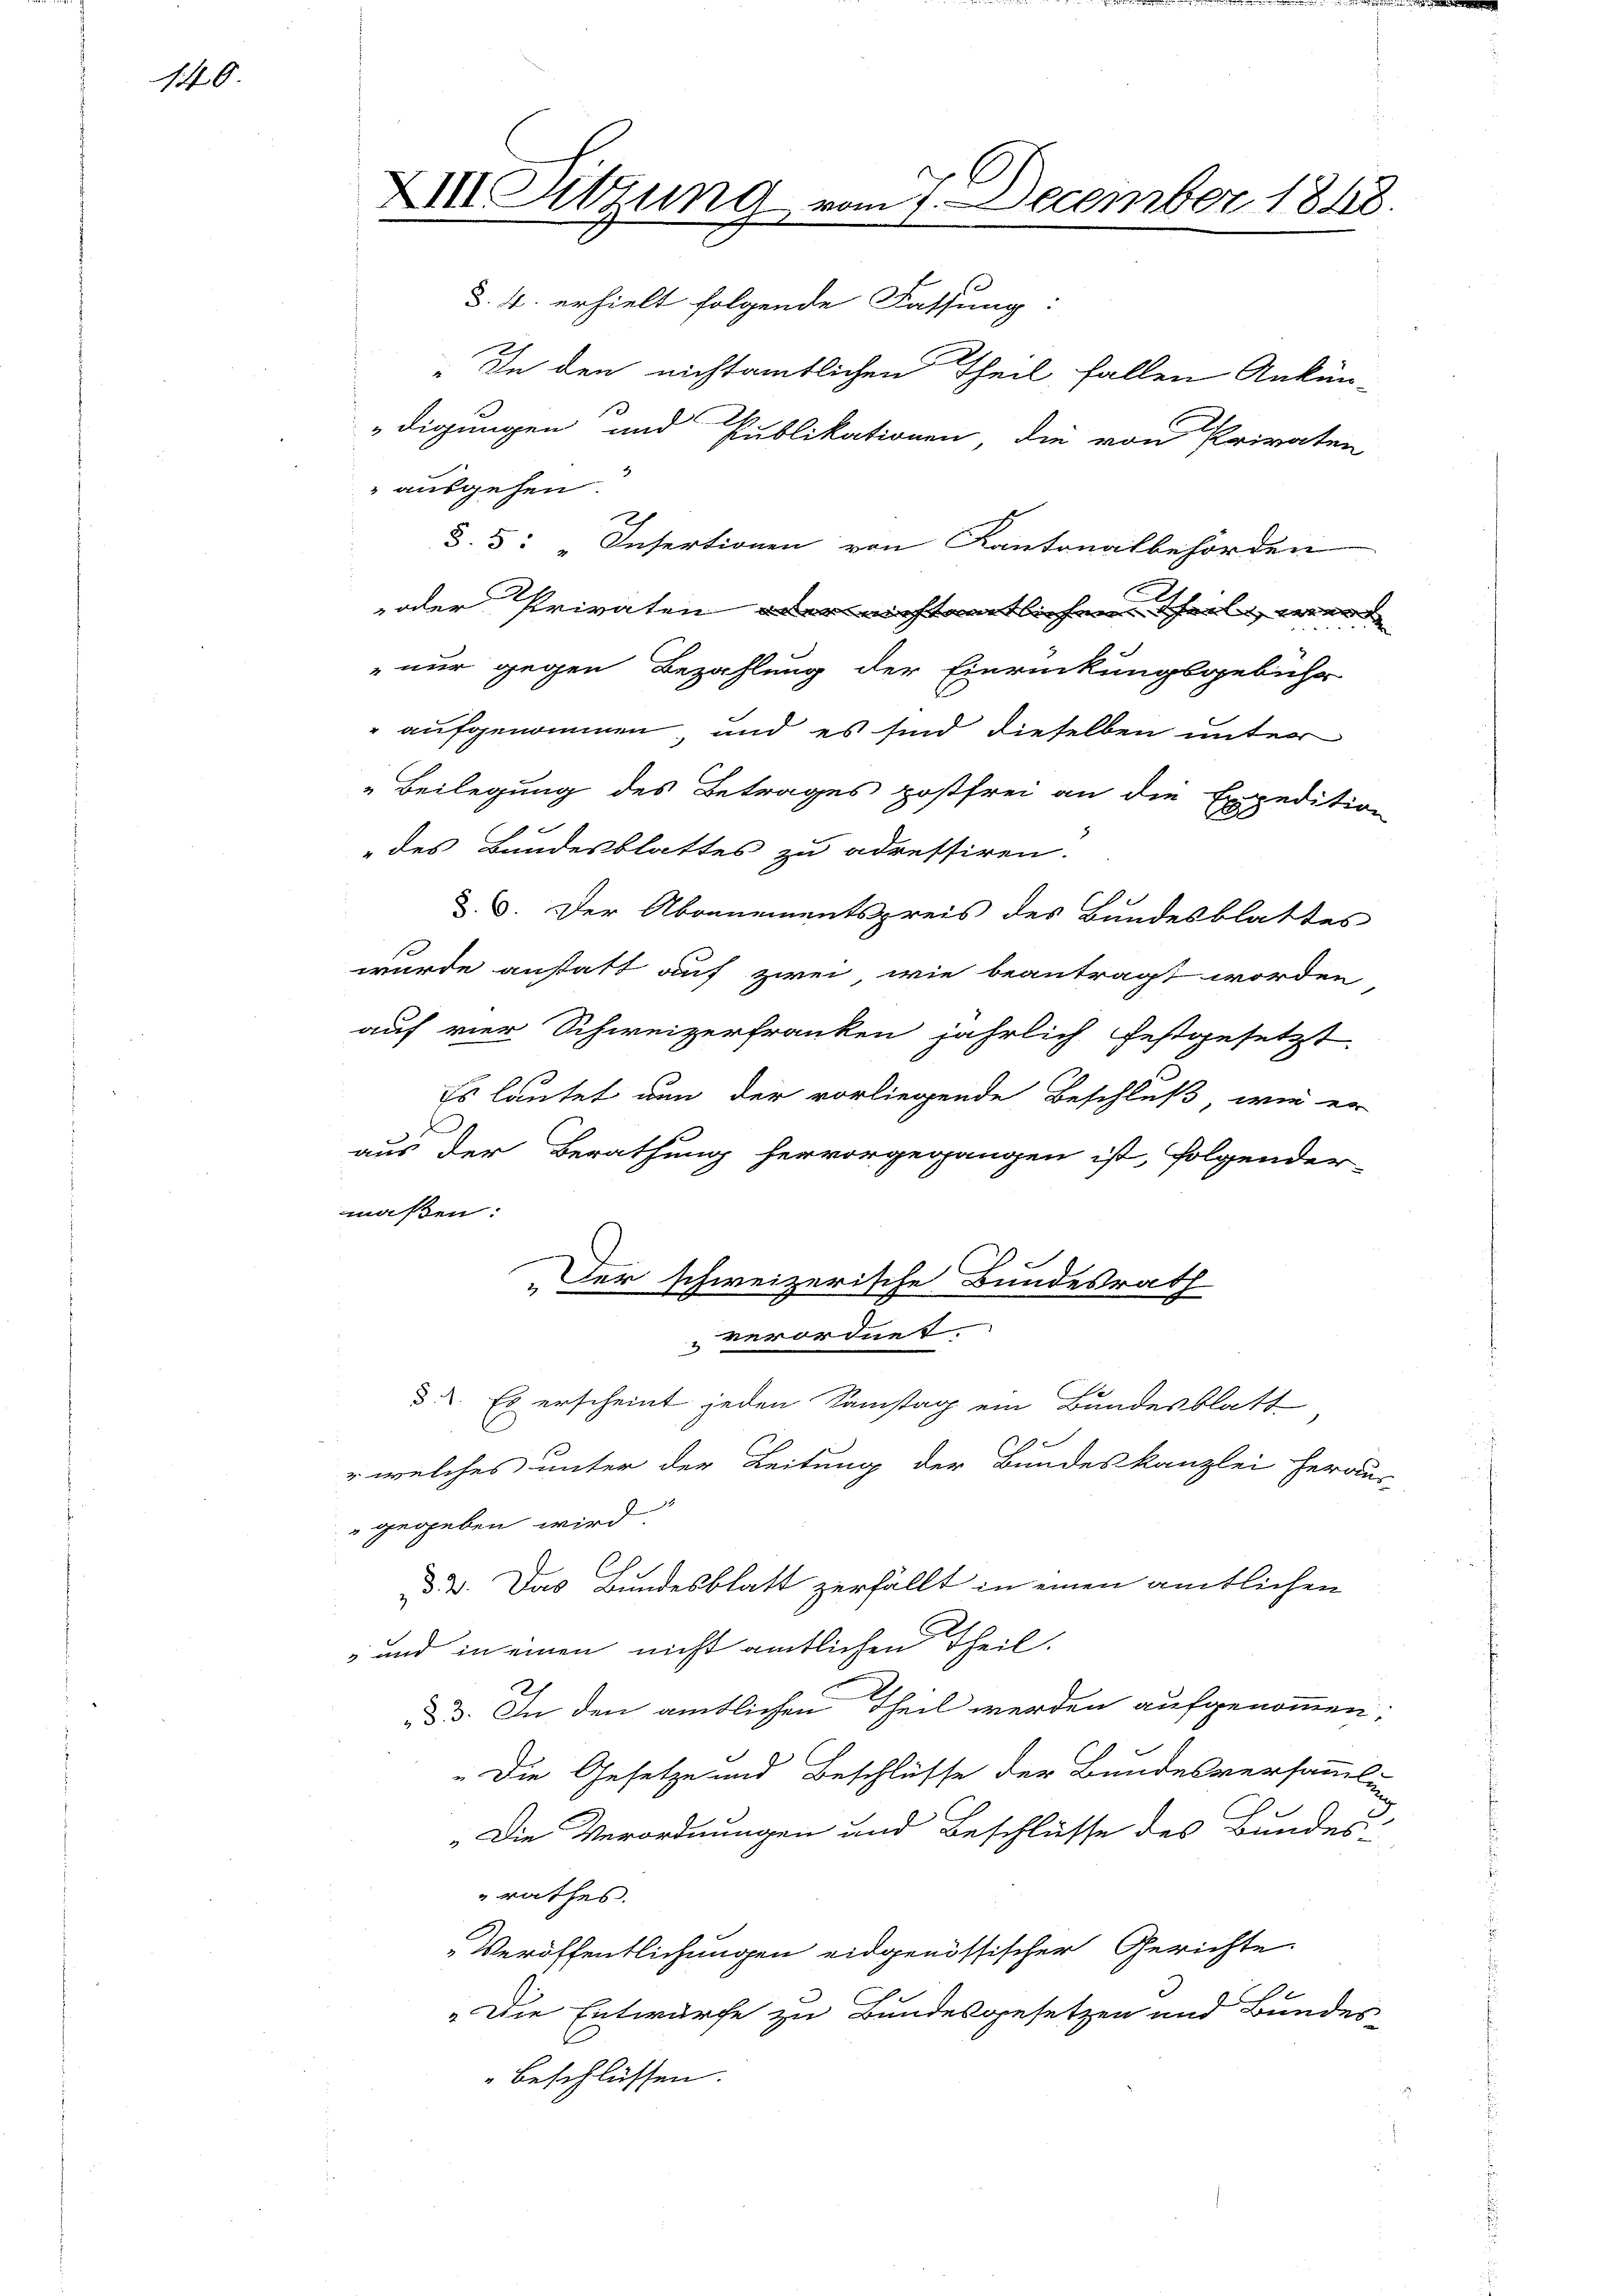
140.

XIII Sitzung vom 7. December 1848.

§. 4. erhielt folgende Fassung:
" In den nichtamtlichen Theil fallen Ankün-
digungen und Publikationen die von Privaten
2
 ausgehen.
§. 5: „Infertionen von Kantonalbehörden
oder Privaten oder nichtemtlichen Theil werd
nur gegen Bezahlung der Einrückungsgebühr
" aufgenommen und es sind dieselben unter
"Beilegung des Betrages postfrei an die Expedition
" des Bundesblattes zu adressiren.
§. 3. Der Abrenementspreis des Bundesblattes
wurde anstatt auf zwei wie beantragt worden
auf vier Schweizerfranken jährlich festgesetzt.
Es lautet nun der vorliegende Beschluß wie er
.
aus der Berathung hervorgegangen ist, folgender-
maßen:
Der schweizerische Bundesrath
verordnet.
d. 2. Es erscheint jeden Samstag ein Bundesblatt
f
" welches unter der Leitung der Bundeskanzlei heraus-
gegeben wird.
2. Das Bundesblatt zerfällt in einen amtlichen
" und in einen nicht amtlichen Theil.
F
ad 3. In den amtlichen Theil werden aufgenommen
"Die Gesetze und Beschlüsse der Bundesversammlin
7
„Die Verordnungen und Beschlüsse des Bundes-
rathes.
Veröffentlichungen eidgenössischer Gerichte
e
„Die Entwurfe zu Bundesgesetzen und Bundes-
beschlüssen.